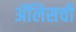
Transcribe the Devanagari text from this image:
ॲलिसची